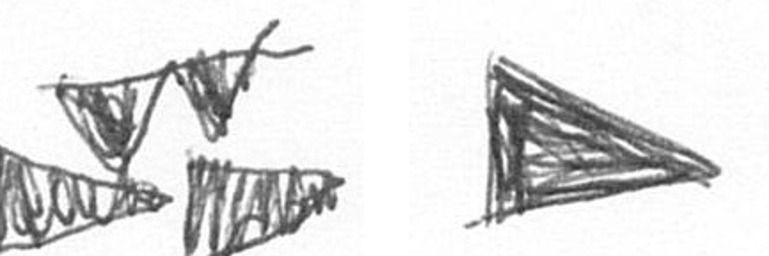
B T